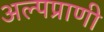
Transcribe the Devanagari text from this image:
अल्पप्राणी